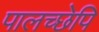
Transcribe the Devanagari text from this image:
पालच्छेपि